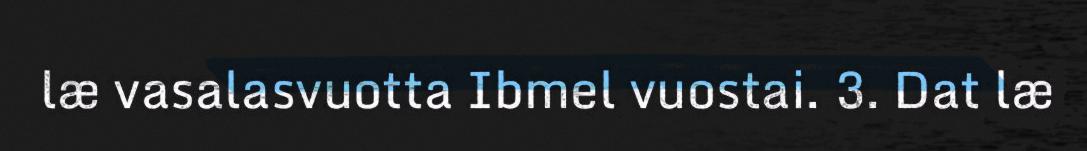
læ vasalasvuotta Ibmel vuostai. 3. Dat læ